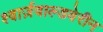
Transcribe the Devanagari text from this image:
श्वार्ज़वाल्डवेरीन